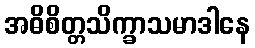
အဓိစိတ္တသိက္ခာသမာဒါနေ